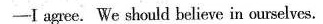
-I agree. We should believe in ourselves.